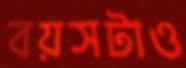
বয়সটাও